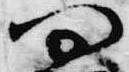
問